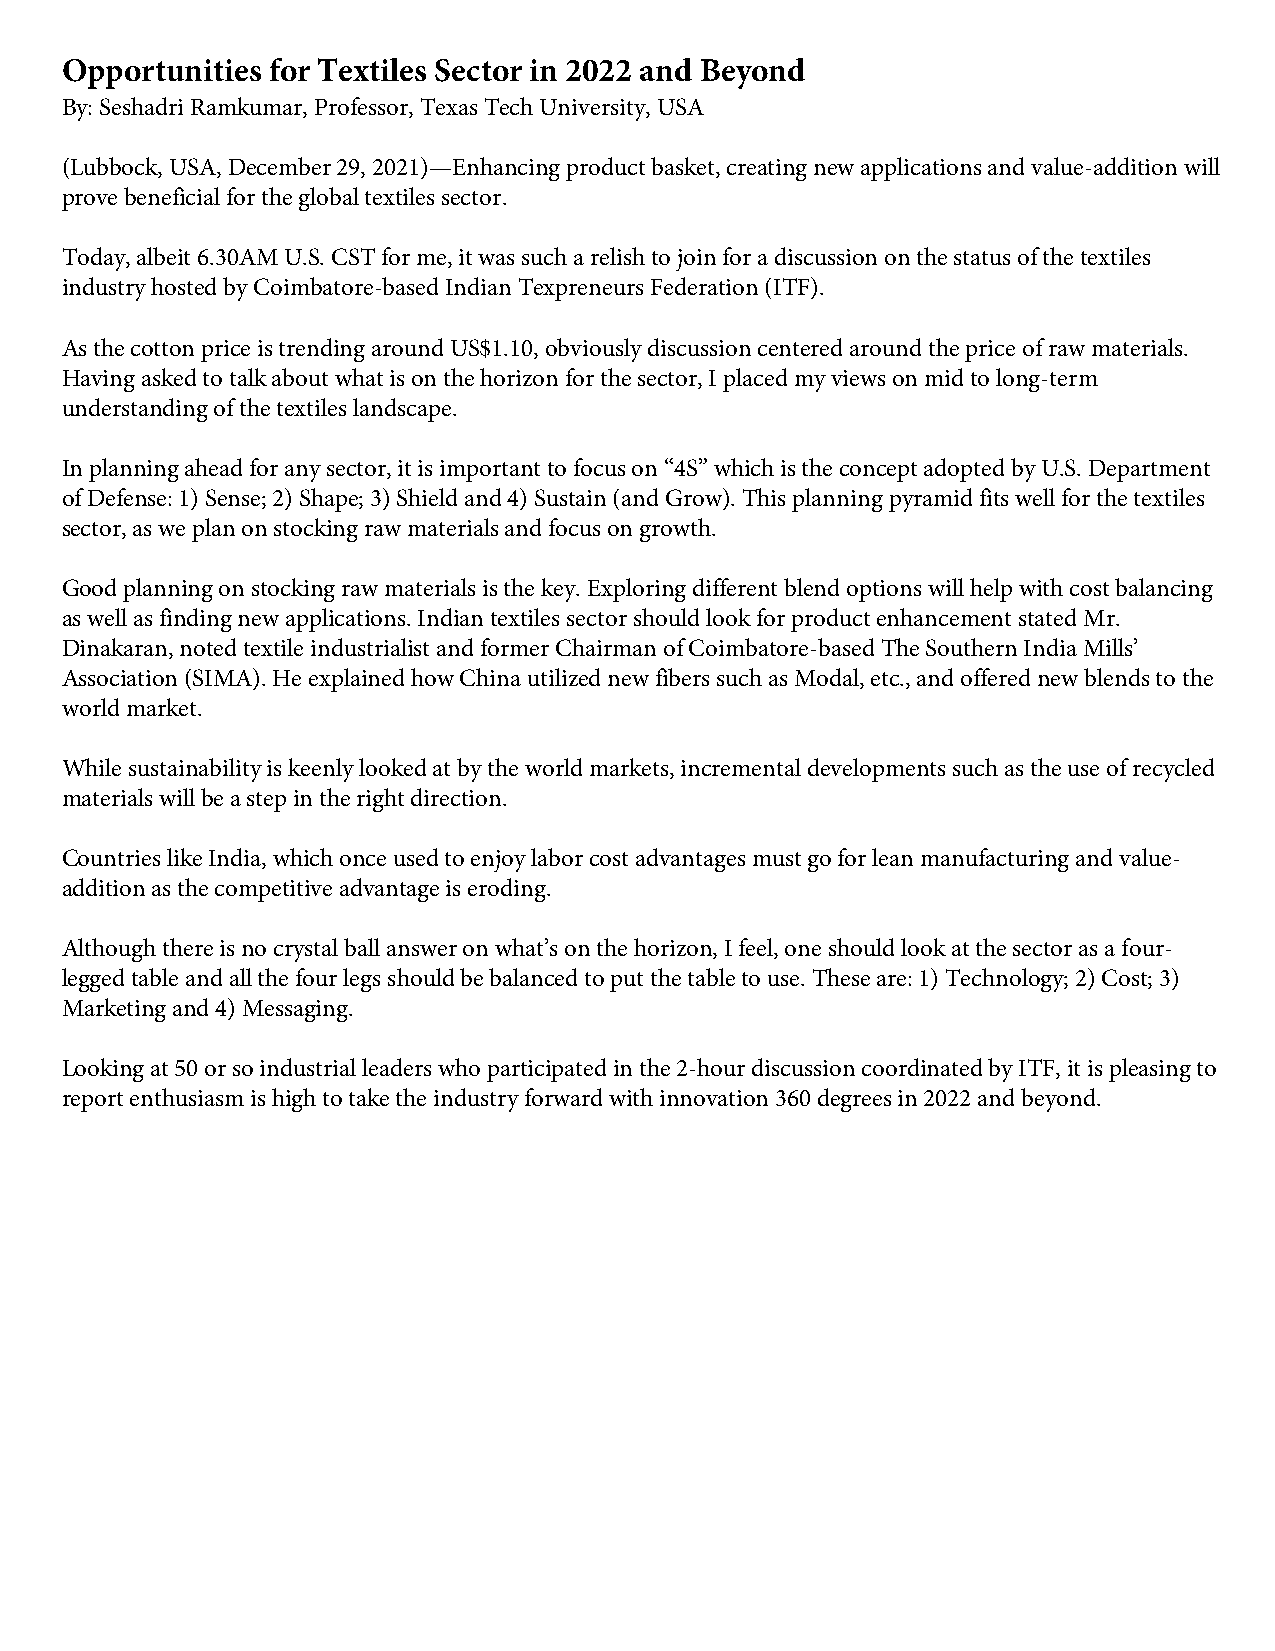
Opportunities for Textiles Sector in 2022 and Beyond
 By: Seshadri Ramkumar, Professor, Texas Tech University, USA
 (Lubbock, USA, December 29, 2021)—Enhancing product basket, creating new applications and value-addition will
 prove beneficial for the global textiles sector.
 Today, albeit 6.30AM U.S. CST for me, it was such a relish to join for a discussion on the status of the textiles
 industry hosted by Coimbatore-based Indian Texpreneurs Federation (ITF).
 As the cotton price is trending around US$1.10, obviously discussion centered around the price of raw materials.
 Having asked to talk about what is on the horizon for the sector, I placed my views on mid to long-term
 understanding of the textiles landscape.
 In planning ahead for any sector, it is important to focus on “4S” which is the concept adopted by U.S. Department
 of Defense: 1) Sense; 2) Shape; 3) Shield and 4) Sustain (and Grow). This planning pyramid fits well for the textiles
 sector, as we plan on stocking raw materials and focus on growth.
 Good planning on stocking raw materials is the key. Exploring different blend options will help with cost balancing
 as well as finding new applications. Indian textiles sector should look for product enhancement stated Mr.
 Dinakaran, noted textile industrialist and former Chairman of Coimbatore-based The Southern India Mills’
 Association (SIMA). He explained how China utilized new fibers such as Modal, etc., and offered new blends to the
 world market.
 While sustainability is keenly looked at by the world markets, incremental developments such as the use of recycled
 materials will be a step in the right direction.
 Countries like India, which once used to enjoy labor cost advantages must go for lean manufacturing and value-
 addition as the competitive advantage is eroding.
 Although there is no crystal ball answer on what’s on the horizon, I feel, one should look at the sector as a four-
 legged table and all the four legs should be balanced to put the table to use. These are: 1) Technology; 2) Cost; 3)
 Marketing and 4) Messaging.
 Looking at 50 or so industrial leaders who participated in the 2-hour discussion coordinated by ITF, it is pleasing to
 report enthusiasm is high to take the industry forward with innovation 360 degrees in 2022 and beyond.